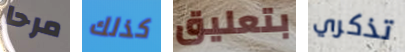
مرحا كذلك بتعليق تذكري